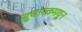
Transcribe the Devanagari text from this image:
सुधारकमधून